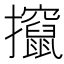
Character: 攛